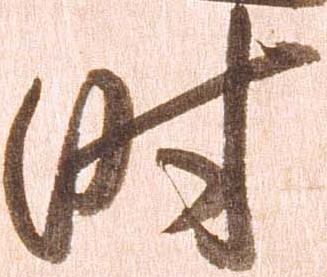
時